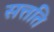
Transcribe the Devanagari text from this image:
सत्तति